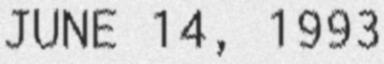
JUNE 14, 1993